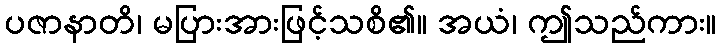
ပဇာနာတိ၊ မပြားအားဖြင့်သစိ၏။ အယံ၊ ဤသည်ကား။